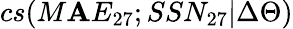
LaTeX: cs(M\mathbf{A}E_{27};SSN_{27}|\Delta\Theta)